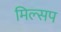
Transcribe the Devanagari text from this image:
मिल्सप